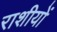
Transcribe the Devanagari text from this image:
राशीयों